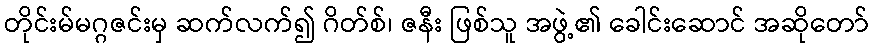
တိုင်းမ်မဂ္ဂဇင်းမှ ဆက်လက်၍ ဂိတ်စ်၊ ဇနီး ဖြစ်သူ အဖွဲ့၏ ခေါင်းဆောင် အဆိုတော်